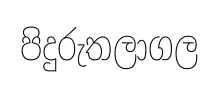
පිදුරුතලාගල